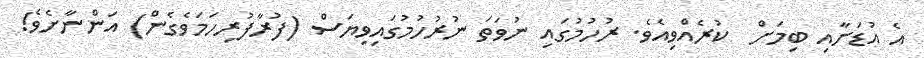
އެ އުޑަށާއި ބިމަށް  ކުރެއްވިއެވެ. ރުހުމުގައި ނުވަތަ ނުރުހުމުގައިވިޔަސް (ފުރާފުރިހަމަވެގެން) އަންނާށެވެ!